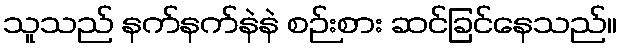
သူသည် နက်နက်နဲနဲ စဉ်းစား ဆင်ခြင်နေသည်။